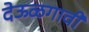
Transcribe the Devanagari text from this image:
देऊळगावी